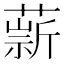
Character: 𦼢